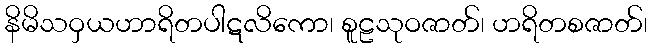
နိမိသဝှယဟာရိတပါဋလိကော၊ စူဠသုဝဇာတ်၊ ဟရိတစဇာတ်၊